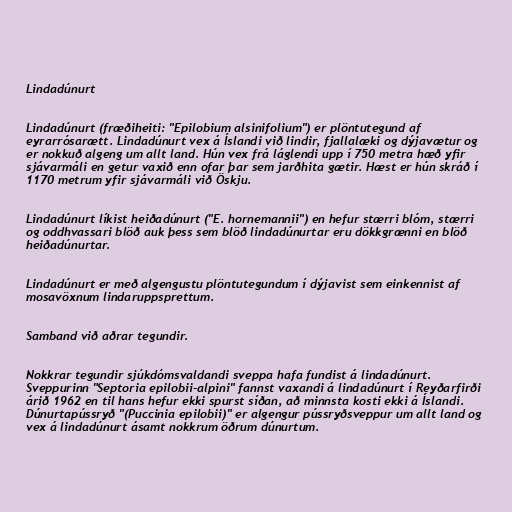
Lindadúnurt

Lindadúnurt (fræðiheiti: "Epilobium alsinifolium") er plöntutegund af
eyrarrósarætt. Lindadúnurt vex á Íslandi við lindir, fjallalæki og dýjavætur og
er nokkuð algeng um allt land. Hún vex frá láglendi upp í 750 metra hæð yfir
sjávarmáli en getur vaxið enn ofar þar sem jarðhita gætir. Hæst er hún skráð í
1170 metrum yfir sjávarmáli við Öskju.

Lindadúnurt líkist heiðadúnurt ("E. hornemannii") en hefur stærri blóm, stærri
og oddhvassari blöð auk þess sem blöð lindadúnurtar eru dökkgrænni en blöð
heiðadúnurtar.

Lindadúnurt er með algengustu plöntutegundum í dýjavist sem einkennist af
mosavöxnum lindaruppsprettum.

Samband við aðrar tegundir.

Nokkrar tegundir sjúkdómsvaldandi sveppa hafa fundist á lindadúnurt.
Sveppurinn "Septoria epilobii-alpini" fannst vaxandi á lindadúnurt í Reyðarfirði
árið 1962 en til hans hefur ekki spurst síðan, að minnsta kosti ekki á Íslandi.
Dúnurtapússryð "(Puccinia epilobii)" er algengur pússryðsveppur um allt land og
vex á lindadúnurt ásamt nokkrum öðrum dúnurtum.